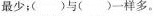
最少；( )与( )一样多。